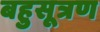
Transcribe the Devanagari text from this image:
बहुसूत्रण